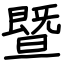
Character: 暨